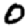
Digit: 0